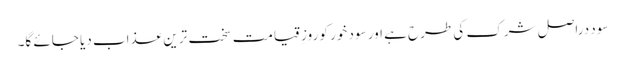
سود دراصل شرک کی طرح ہے اور سود خور کو روزِ قیامت سخت ترین عذاب دیا جائے گا۔